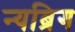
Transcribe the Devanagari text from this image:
न्यब्रिग